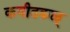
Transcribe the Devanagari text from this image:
कवीतकळ्